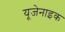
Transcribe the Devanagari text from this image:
यूजेनाइक